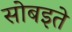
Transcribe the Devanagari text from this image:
सोबइते